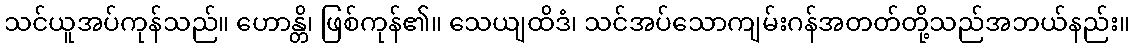
သင်ယူအပ်ကုန်သည်။ ဟောန္တိ၊ ဖြစ်ကုန်၏။ သေယျထိဒံ၊ သင်အပ်သောကျမ်းဂန်အတတ်တို့သည်အဘယ်နည်း။